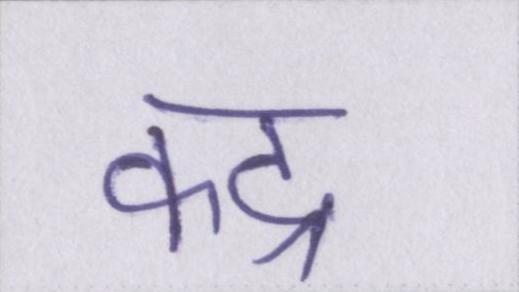
कद्र